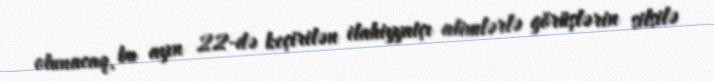
olunacaq, bu ayın 22-də keçirilən ilahiyyatçı alimlərlə görüşlərin silsilə